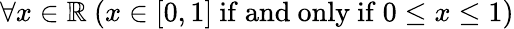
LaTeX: \forall x\in\mathbb{R}\ (x\in[0,1]{\mathrm{~if~and~only~if~}}0\leq x\leq 1)